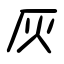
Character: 灰